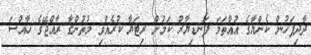
ދާދިފަހުން ކެންޔާގެ އުއްތަމަ ފަނޑިޔާރު ކަމުން ރިޓަޔާ ކުރެއްވި މުތުންގާ ރާއްޖޭގެ ހާއްސަ